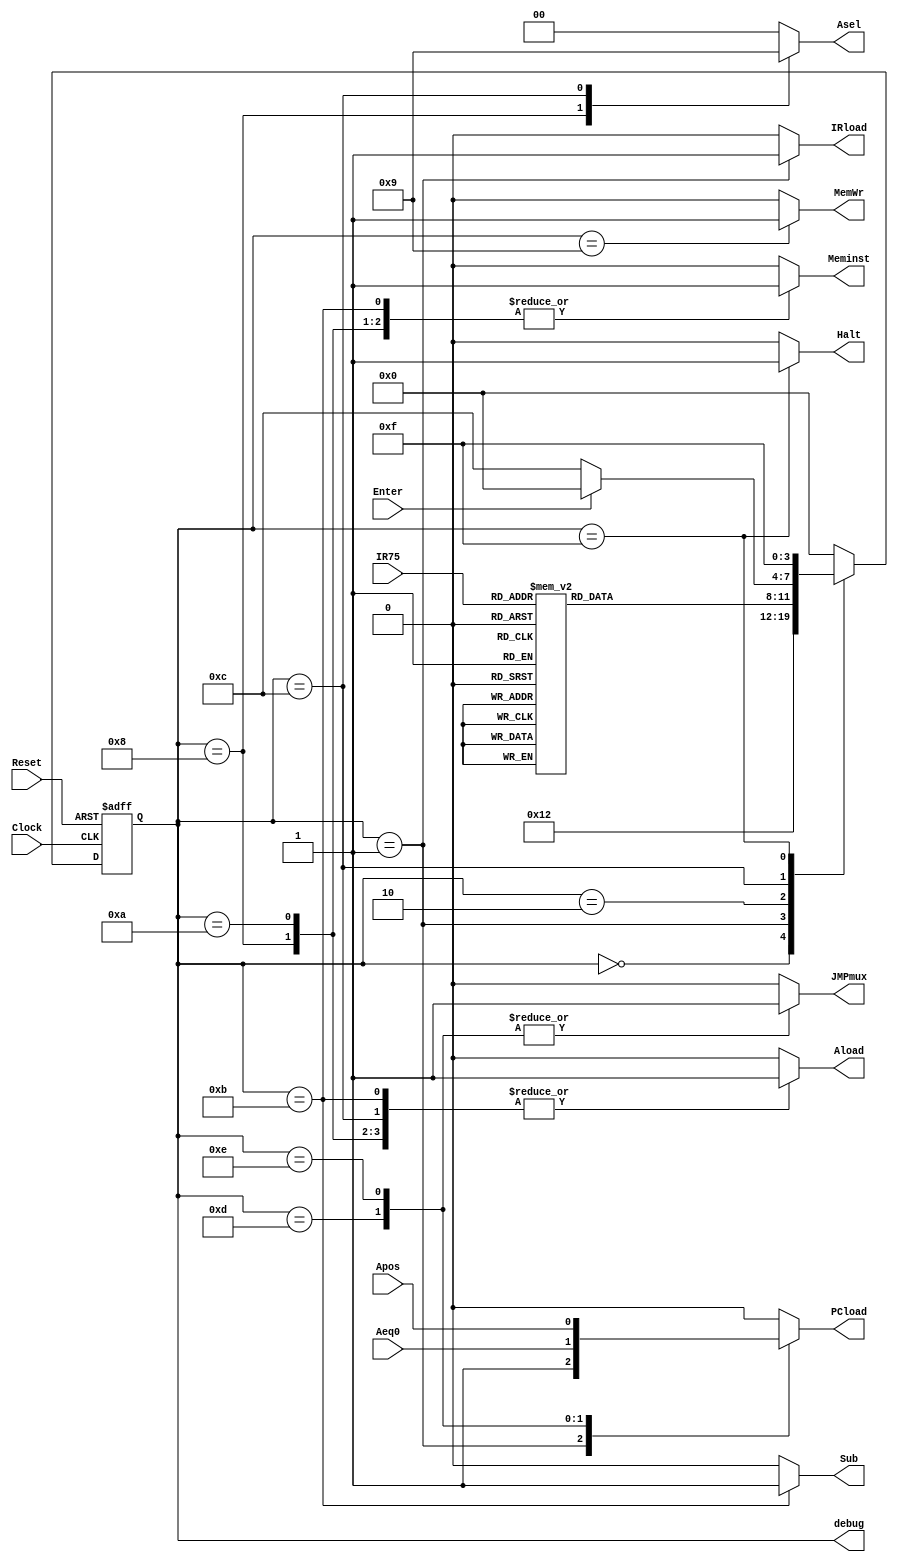
`timescale 1ns / 1ps
//////////////////////////////////////////////////////////////////////////////////
// Company: 
// Engineer: 
// 
// Design Name: 
// Module Name: controlunit_module
// Project Name: 
// Target Devices: 
// Tool Versions: 
// Description: 
// 
// Dependencies: 
// 
// Revision:
// Revision 0.01 - File Created
// Additional Comments:
// 
//////////////////////////////////////////////////////////////////////////////////


module controlunit_module(
    input Clock, Reset, Enter,
    output reg IRload, JMPmux, PCload, Meminst, MemWr,
    output reg [1:0] Asel,
    output reg Aload, Sub,
    input [2:0] IR75,
    input Apos, Aeq0,
    output reg Halt,
    output [3:0] debug
    );
    
reg [3:0] state;
assign debug = state;

// Next Logic state
always @ (posedge Clock, posedge Reset) begin
    if (Reset) begin
        state <= 4'b0000;
        end
    else
        case (state)
            4'b0000: begin state <= 4'b0001; end
            4'b0001: begin state <= 4'b0010; end
            4'b0010: begin 
                case (IR75)
                    3'b000: state <= 4'b1000; // Load
                    3'b001: state <= 4'b1001; // Store
                    3'b010: state <= 4'b1010; // Add
                    3'b011: state <= 4'b1011; // Sub
                    3'b100: state <= 4'b1100; // Input
                    3'b101: state <= 4'b1101; // Jz
                    3'b110: state <= 4'b1110; // Jpos  
                    3'b111: state <= 4'b1111; // Halt
                    default: state <= 4'b0000; // Start
                    endcase
                end
            4'b1000: begin state <= 4'b0000; end    // Load
            4'b1001: begin state <= 4'b0000; end    // Store
            4'b1010: begin state <= 4'b0000; end    // Add
            4'b1011: begin state <= 4'b0000; end    // Sub
            4'b1100: begin     // Input
                if (Enter ) begin state <= 4'b0000; end
                else begin state <= 4'b1100; end
                end
            4'b1101: begin state <= 4'b0000; end // Jz
            4'b1110: begin state <= 4'b0000; end // Jpos
            4'b1111: begin state <= 4'b1111; end // Halt
            default: begin state <= 4'b0000; end      
        endcase  
    end      

// Output Logic
always @ (state) begin
    case (state)
        4'b0001: begin // Fetch
            IRload <= 1;
            JMPmux <= 0;
            PCload <= 1;
            Meminst <= 0;
            MemWr <= 0;
            Asel <= 2'b00;
            Aload <= 0;
            Sub <= 0;
            Halt <= 0;
            end
        4'b0010: begin // Decode 
            IRload <= 0;
            JMPmux <= 0;
            PCload <= 0;
            Meminst <= 1;
            MemWr <= 0;
            Asel <= 2'b00;
            Aload <= 0;
            Sub <= 0;
            Halt <= 0;
            end
        4'b1000: begin // Load
            IRload <= 0;
            JMPmux <= 0;
            PCload <= 0;
            Meminst <= 1;
            MemWr <= 0;
            Asel <= 2'b10;
            Aload <= 1;
            Sub <= 0;
            Halt <= 0;
            end
        4'b1001: begin  // Store
            IRload <= 0;
            JMPmux <= 0;
            PCload <= 0;
            Meminst <= 1;
            MemWr <= 1;
            Asel <= 2'b00;
            Aload <= 0;
            Sub <= 0;
            Halt <= 0;
            end
        4'b1010: begin  // Add
            IRload <= 0;
            JMPmux <= 0;
            PCload <= 0;
            Meminst <= 1;
            MemWr <= 0;
            Asel <= 2'b00;
            Aload <= 1;
            Sub <= 0;
            Halt <= 0;
            end
        4'b1011: begin // Sub
            IRload <= 0;
            JMPmux <= 0;
            PCload <= 0;
            Meminst <= 1;
            MemWr <= 0;
            Asel <= 2'b00;
            Aload <= 1;
            Sub <= 1;
            Halt <= 0;
            end
        4'b1100: begin // Input
            IRload <= 0;
            JMPmux <= 0;
            PCload <= 0;
            Meminst <= 0;
            MemWr <= 0;
            Asel <= 2'b01;
            Aload <= 1;
            Sub <= 0;
            Halt <= 0;
            end
        4'b1101: begin  // Jz
            IRload <= 0;
            JMPmux <= 1;
            PCload <= Aeq0; // Load PC if condition is true
            Meminst <= 0;
            MemWr <= 0;
            Asel <= 2'b00;
            Aload <= 0;
            Sub <= 0;
            Halt <= 0;
            end
        4'b1110: begin  // Jpos
            IRload <= 0;
            JMPmux <= 1;
            PCload <= Apos; // Load PC if condition is true
            Meminst <= 0;
            MemWr <= 0;
            Asel <= 2'b00;
            Aload <= 0;
            Sub <= 0;
            Halt <= 0;
            end
            
        4'b1111: begin  // Halt
            IRload <= 0;
            JMPmux <= 0;
            PCload <= 0;
            Meminst <= 0;
            MemWr <= 0;
            Asel <= 2'b00;
            Aload <= 0;
            Sub <= 0;
            Halt <= 1;
            end
            
        default: begin  
            IRload <= 0;
            JMPmux <= 0;
            PCload <= 0;
            Meminst <= 0;
            MemWr <= 0;
            Asel <= 2'b00;
            Aload <= 0;
            Sub <= 0;
            Halt <= 0;
            end
      endcase 
      
      
end                    
                    
                                

endmodule